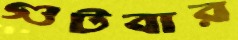
গুটবার